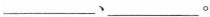
___、___